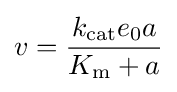
v={\frac {k_{\mathrm {cat} }e_{0}a}{K_{\mathrm {m} }+a}}